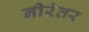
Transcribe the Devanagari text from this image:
नीरंतर